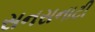
સનસનાટી